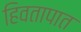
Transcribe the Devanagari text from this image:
हिवतापात